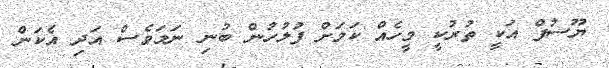
ޔޫސުފް އަކީ ތުރުކީ މީހެއް ކަމަށް ފުލުހުން ބުނި ނަމަވެސް އަދި އެކަން